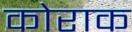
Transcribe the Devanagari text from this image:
कोराक